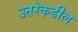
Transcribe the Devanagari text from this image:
उतरेकडील